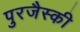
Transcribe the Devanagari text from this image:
पुरजैस्की